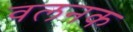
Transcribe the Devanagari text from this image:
वलनक